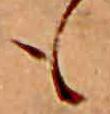
も